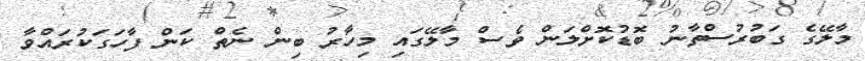
މާލޭގެ ގަބުރުސްތާނު ބޮޑުކޮށްލަން ވެސް މާލޭގައި މިހާރު ބިން ނެތް ކަން ފާހަގަކުރައްވާ